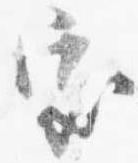
室